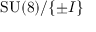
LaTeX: \mathrm { S U } ( 8 ) / \{ \pm I \}